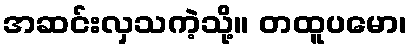
အဆင်းလှသကဲ့သို့။ တထူပမော၊